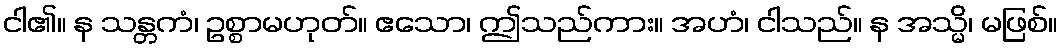
ငါ၏။ န သန္တကံ၊ ဥစ္စာမဟုတ်။ ဧသော၊ ဤသည်ကား။ အဟံ၊ ငါသည်။ န အသ္မိ၊ မဖြစ်။